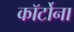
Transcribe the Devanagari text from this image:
कॉर्टोना